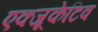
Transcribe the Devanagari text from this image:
एक्‍जूकेटिव